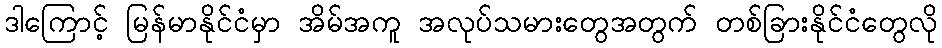
ဒါကြောင့် မြန်မာနိုင်ငံမှာ အိမ်အကူ အလုပ်သမားတွေအတွက် တစ်ခြားနိုင်ငံတွေလို